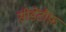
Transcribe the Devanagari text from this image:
सीडेंटौफ़